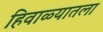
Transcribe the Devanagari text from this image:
हिवाळ्यातला